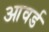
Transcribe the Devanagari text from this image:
आवर्ड